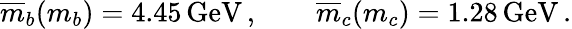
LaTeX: \overline{{{m}}}_{b}(m_{b})=4.45\, \mathrm{GeV}\, ,\qquad\overline{{{m}}}_{c}(m_{c})=1.28\, \mathrm{GeV}\, .